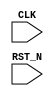

// Copyright (c) 2000-2009 Bluespec, Inc.

// Permission is hereby granted, free of charge, to any person obtaining a copy
// of this software and associated documentation files (the "Software"), to deal
// in the Software without restriction, including without limitation the rights
// to use, copy, modify, merge, publish, distribute, sublicense, and/or sell
// copies of the Software, and to permit persons to whom the Software is
// furnished to do so, subject to the following conditions:

// The above copyright notice and this permission notice shall be included in
// all copies or substantial portions of the Software.

// THE SOFTWARE IS PROVIDED "AS IS", WITHOUT WARRANTY OF ANY KIND, EXPRESS OR
// IMPLIED, INCLUDING BUT NOT LIMITED TO THE WARRANTIES OF MERCHANTABILITY,
// FITNESS FOR A PARTICULAR PURPOSE AND NONINFRINGEMENT. IN NO EVENT SHALL THE
// AUTHORS OR COPYRIGHT HOLDERS BE LIABLE FOR ANY CLAIM, DAMAGES OR OTHER
// LIABILITY, WHETHER IN AN ACTION OF CONTRACT, TORT OR OTHERWISE, ARISING FROM,
// OUT OF OR IN CONNECTION WITH THE SOFTWARE OR THE USE OR OTHER DEALINGS IN
// THE SOFTWARE.
//
// $Revision: 17872 $
// $Date: 2009-09-18 14:32:56 +0000 (Fri, 18 Sep 2009) $

module Empty(CLK, RST_N);
   input     CLK;
   input     RST_N;


endmodule